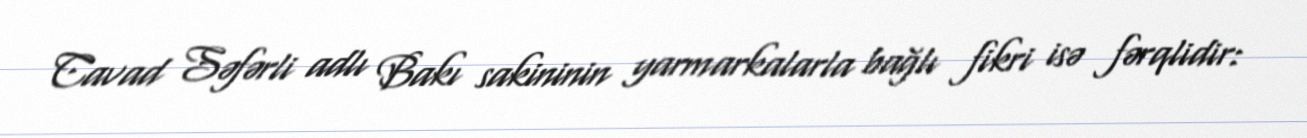
Cavad Səfərli adlı Bakı sakininin yarmarkalarla bağlı fikri isə fərqlidir: